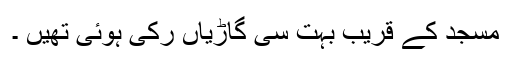
مسجد کے قریب بہت سی گاڑیاں رکی ہوئی تھیں ۔